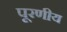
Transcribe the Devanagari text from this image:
पूरणीय